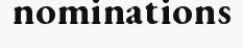
nominations